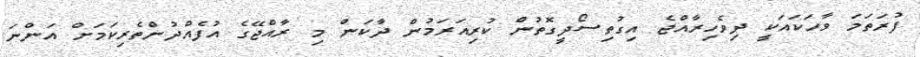
ފުރަތަމަ ވާހަކައަކީ ދިވެހިރާއްޖެ އިގުތިސޯދީގޮތުން ކުރިއަރަމުން ދާކަން މި ރާއްޖޭގެ އުފެއްދުންތެރިކަމަށް އަންނަ